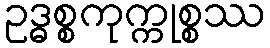
ဥဒ္ဓစ္စကုက္ကုစ္စဿ